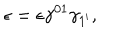
LaTeX: \epsilon = \epsilon \gamma ^ { 0 1 } \gamma _ { 1 ^ { \prime } } ,